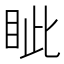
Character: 眦